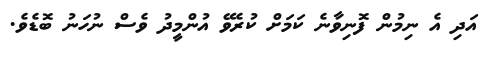
އަދި އެ ނިމުން ފޮނިވާނެ ކަމަށް ކުރެވޭ އުންމީދު ވެސް ނުހަނު ބޮޑެވެ.